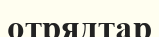
отрядтар